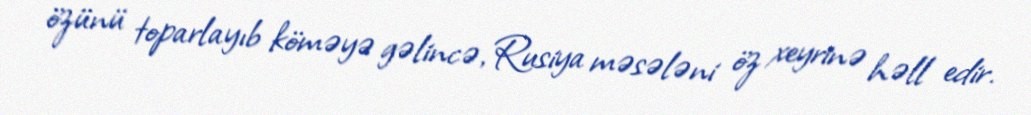
özünü toparlayıb köməyə gəlincə, Rusiya məsələni öz xeyrinə həll edir.